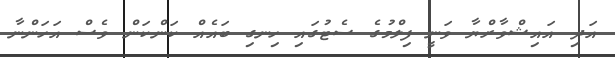
އަދި އައިޝްވާރްޔާ ވަނީ ފިލްމުގެ ސެޓުގައި ހިނގި ބައެއް ކަންކަން ވެސް އަހަންނާ